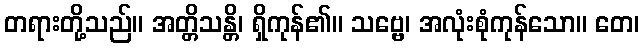
တရားတို့သည်။ အတ္တိသန္တိ၊ ရှိကုန်၏။ သဗ္ဗေ၊ အလုံးစုံကုန်သော။ တေ၊